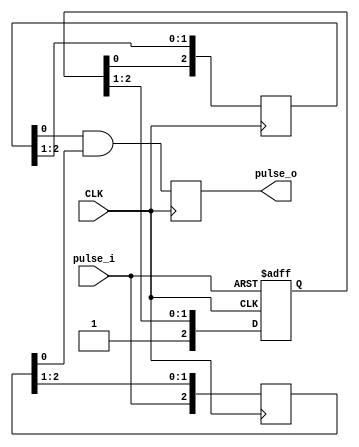
//
//  By David
//
//  2019.4.3
//////////////////////////////////////////////////////////////////////////////

`timescale 1ns / 1ps
`define DLY #1


module sync_pulse #(
  parameter   C_NUM_SRETCH_REGS = 3,
  parameter   C_NUM_SYNC_REGS = 3
)

(
  // User Interface
  output reg      pulse_o = 0,

  // GT Interface
  input           pulse_i,

  // Clock and Reset
  input           CLK
);

// ---------------------------------------------------------------------------
// Wire and Register Declaration
// ---------------------------------------------------------------------------
reg  [C_NUM_SRETCH_REGS-1:0]  stretch_r = {C_NUM_SRETCH_REGS{1'b0}};
(* shreg_extract = "no", ASYNC_REG = "TRUE" *) reg  [C_NUM_SYNC_REGS-1:0]    sync1_r = {C_NUM_SYNC_REGS{1'b0}};
(* shreg_extract = "no", ASYNC_REG = "TRUE" *) reg  [C_NUM_SYNC_REGS-1:0]    sync2_r = {C_NUM_SYNC_REGS{1'b0}};


//----------------------------------------------------------------------------
// Stretch pulse_i Signal
//----------------------------------------------------------------------------
always @(posedge CLK or negedge pulse_i) begin
  if (~pulse_i)
    stretch_r <= {C_NUM_SRETCH_REGS{1'b0}};
  else
    stretch_r <= {1'b1, stretch_r[C_NUM_SRETCH_REGS-1:1]};
end

//----------------------------------------------------------------------------
// Synchronizers
//----------------------------------------------------------------------------
always @(posedge CLK) begin
  sync1_r <= {stretch_r[0], sync1_r[C_NUM_SYNC_REGS-1:1]};
end

always @(posedge CLK) begin
  sync2_r <= {pulse_i, sync2_r[C_NUM_SYNC_REGS-1:1]};
end

//----------------------------------------------------------------------------
// Final Flop Stage with AND of both synchronizers - keeps pulse_o low
// when input is low for many cycles...
//----------------------------------------------------------------------------
always @(posedge CLK) begin
  pulse_o <= sync1_r[0] & sync2_r[0];
end

endmodule